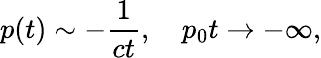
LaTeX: p(t)\sim-{\frac{1}{ct}},\quad p_{0}t\to-\infty,